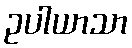
ဥပါယာသာ